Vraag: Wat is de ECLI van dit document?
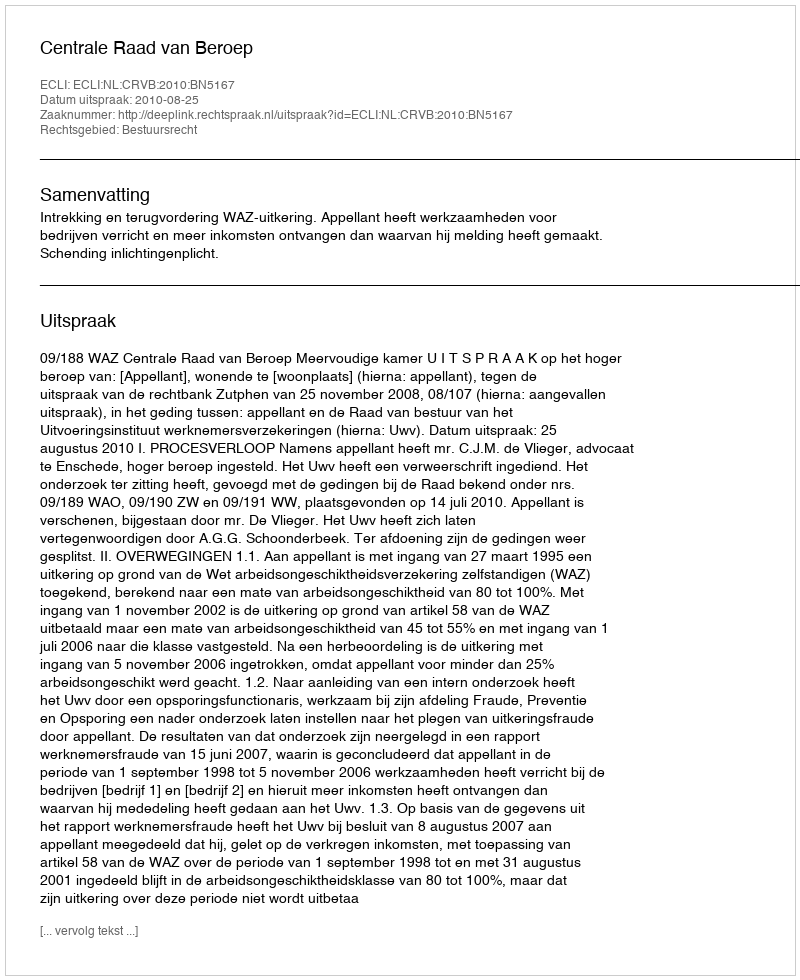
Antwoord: ECLI:NL:CRVB:2010:BN5167